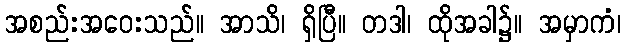
အစည်းအဝေးသည်။ အာသိ၊ ရှိပြီ။ တဒါ၊ ထိုအခါ၌။ အမှာကံ၊